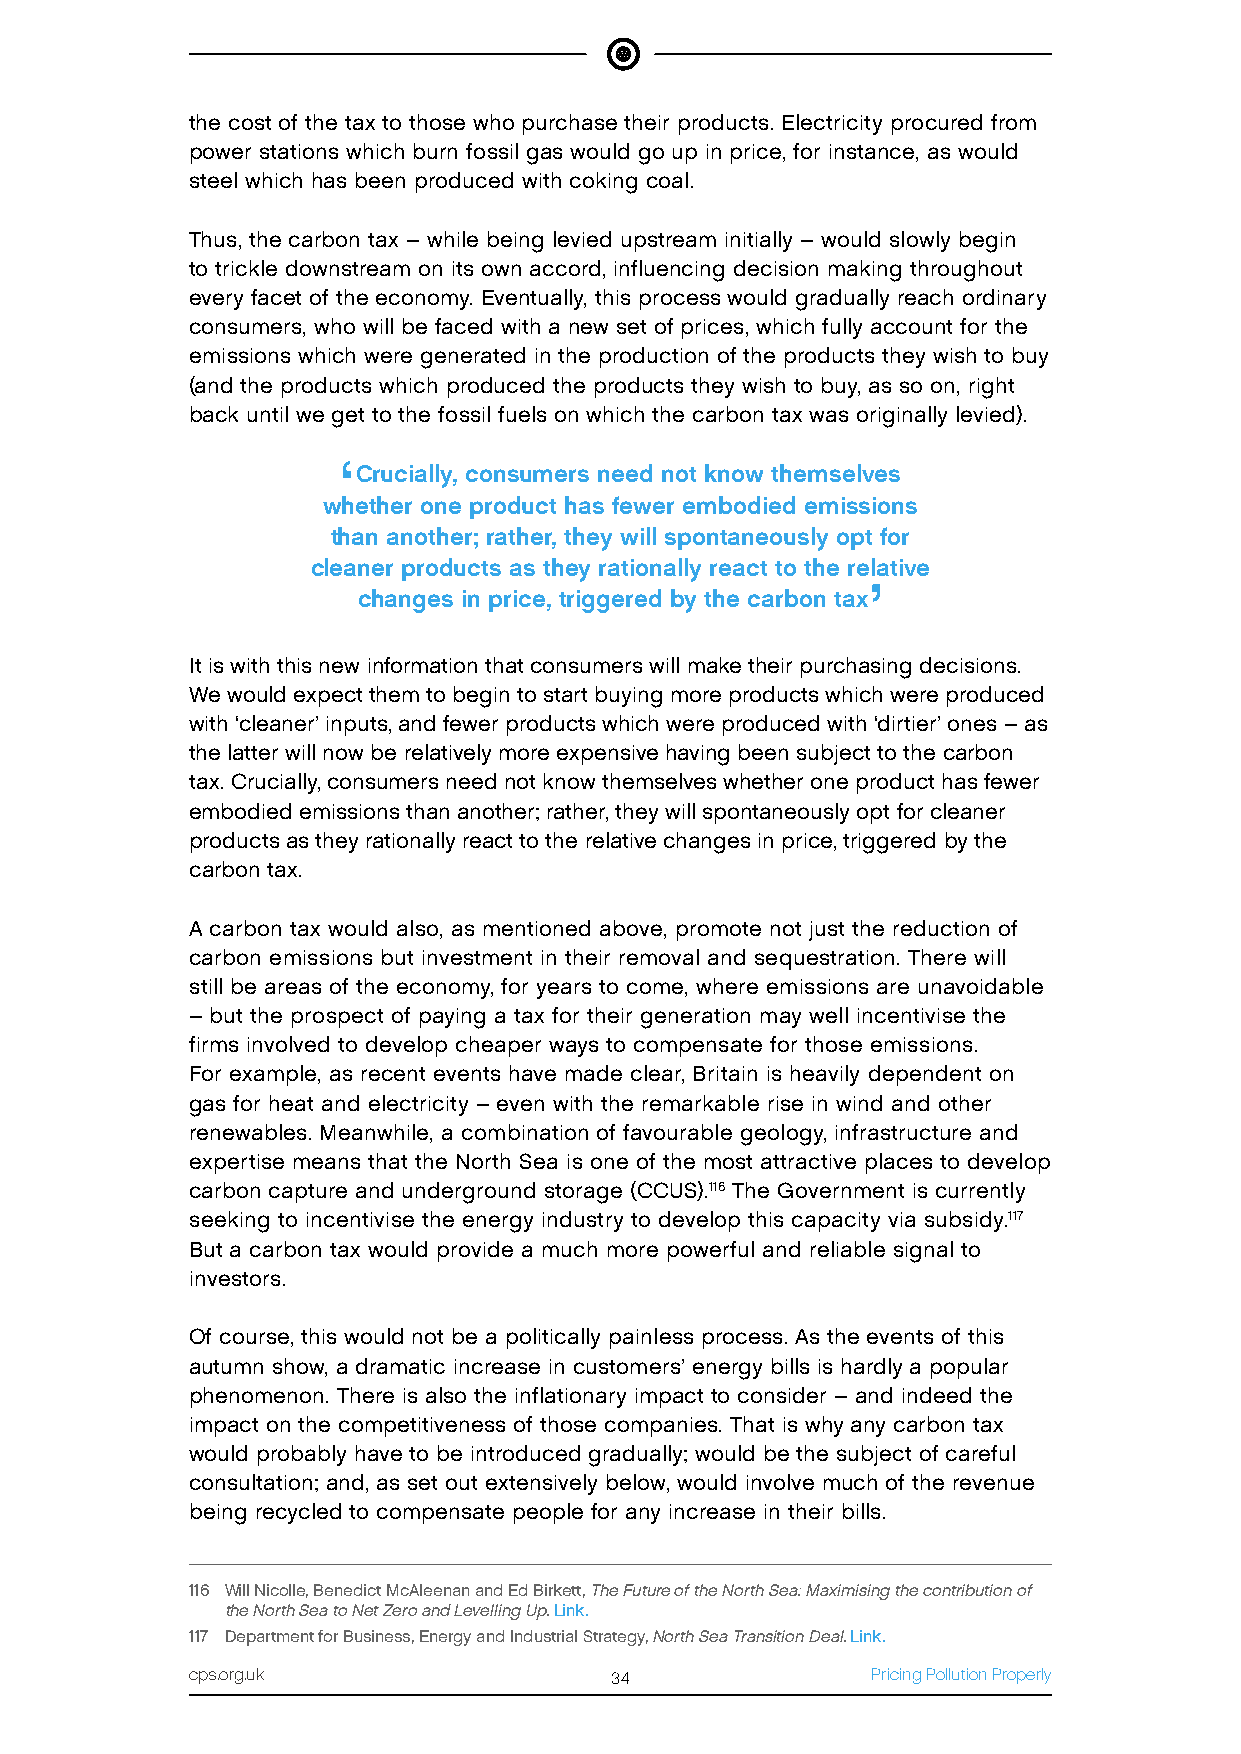
the cost of the tax to those who purchase their products. Electricity procured from
 power stations which burn fossil gas would go up in price, for instance, as would
 steel which has been produced with coking coal.
 Thus, the carbon tax – while being levied upstream initially – would slowly begin
 to trickle downstream on its own accord, influencing decision making throughout
 every facet of the economy. Eventually, this process would gradually reach ordinary
 consumers, who will be faced with a new set of prices, which fully account for the
 emissions which were generated in the production of the products they wish to buy
 (and the products which produced the products they wish to buy, as so on, right
 back until we get to the fossil fuels on which the carbon tax was originally levied).
 ‘
 Crucially, consumers need not know themselves
 whether one product has fewer embodied emissions
 than another; rather, they will spontaneously opt for
 cleaner products as they rationally react to the relative
 ’
 changes in price, triggered by the carbon tax
 It is with this new information that consumers will make their purchasing decisions.
 We would expect them to begin to start buying more products which were produced
 with ‘cleaner’ inputs, and fewer products which were produced with ‘dirtier’ ones – as
 the latter will now be relatively more expensive having been subject to the carbon
 tax. Crucially, consumers need not know themselves whether one product has fewer
 embodied emissions than another; rather, they will spontaneously opt for cleaner
 products as they rationally react to the relative changes in price, triggered by the
 carbon tax.
 A carbon tax would also, as mentioned above, promote not just the reduction of
 carbon emissions but investment in their removal and sequestration. There will
 still be areas of the economy, for years to come, where emissions are unavoidable
 – but the prospect of paying a tax for their generation may well incentivise the
 firms involved to develop cheaper ways to compensate for those emissions.
 For example, as recent events have made clear, Britain is heavily dependent on
 gas for heat and electricity – even with the remarkable rise in wind and other
 renewables. Meanwhile, a combination of favourable geology, infrastructure and
 expertise means that the North Sea is one of the most attractive places to develop
 carbon capture and underground storage (CCUS).116 The Government is currently
 seeking to incentivise the energy industry to develop this capacity via subsidy.117
 But a carbon tax would provide a much more powerful and reliable signal to
 investors.
 Of course, this would not be a politically painless process. As the events of this
 autumn show, a dramatic increase in customers’ energy bills is hardly a popular
 phenomenon. There is also the inflationary impact to consider – and indeed the
 impact on the competitiveness of those companies. That is why any carbon tax
 would probably have to be introduced gradually; would be the subject of careful
 consultation; and, as set out extensively below, would involve much of the revenue
 being recycled to compensate people for any increase in their bills.
 116 Will Nicolle, Benedict McAleenan and Ed Birkett, The Future of the North Sea: Maximising the contribution of
 the North Sea to Net Zero and Levelling Up. Link.
 117 Department for Business, Energy and Industrial Strategy, North Sea Transition Deal. Link.
 cps.org.uk                 34                Pricing Pollution Properly